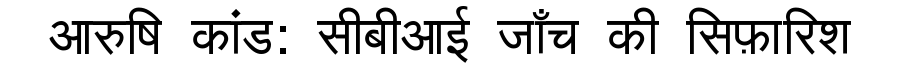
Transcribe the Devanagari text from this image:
आरुषि कांड: सीबीआई जाँच की सिफ़ारिश